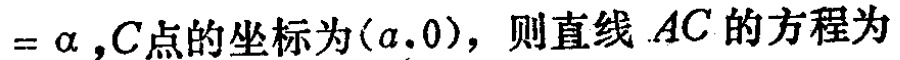
$= \alpha,C点的坐标为(a,0)，则直线AC的方程为$